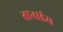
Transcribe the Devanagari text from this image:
तानाईस